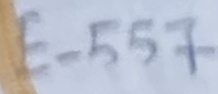
E-557